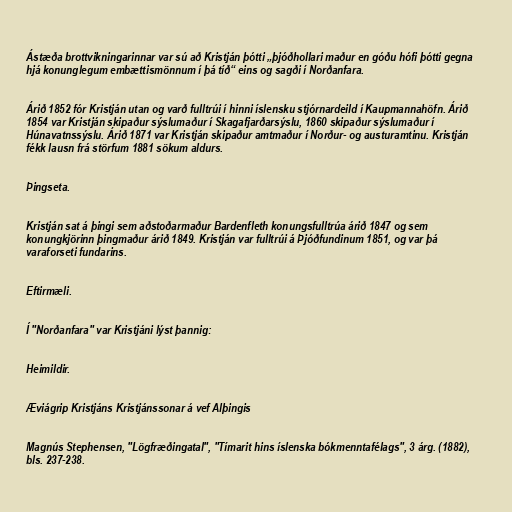
Ástæða brottvikningarinnar var sú að Kristján þótti „þjóðhollari maður en góðu hófi þótti gegna
hjá konunglegum embættismönnum í þá tíð“ eins og sagði í Norðanfara.

Árið 1852 fór Kristján utan og varð fulltrúi í hinni íslensku stjórnardeild í Kaupmannahöfn. Árið
1854 var Kristján skipaður sýslumaður í Skagafjarðarsýslu, 1860 skipaður sýslumaður í
Húnavatnssýslu. Árið 1871 var Kristján skipaður amtmaður í Norður- og austuramtinu. Kristján
fékk lausn frá störfum 1881 sökum aldurs.

Þingseta.

Kristján sat á þingi sem aðstoðarmaður Bardenfleth konungsfulltrúa árið 1847 og sem
konungkjörinn þingmaður árið 1849. Kristján var fulltrúi á Þjóðfundinum 1851, og var þá
varaforseti fundarins.

Eftirmæli.

Í "Norðanfara" var Kristjáni lýst þannig:

Heimildir.

Æviágrip Kristjáns Kristjánssonar á vef Alþingis

Magnús Stephensen, "Lögfræðingatal", "Tímarit hins íslenska bókmenntafélags", 3 árg. (1882),
bls. 237-238.